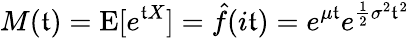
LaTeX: M(\mathfrak{t})=\operatorname{E}[e^{\mathfrak{t}X}]={\hat{{f}}}(i\mathfrak{t})=e^{\mu\mathfrak{t}}e^{{\frac{{1}}{{2}}}\sigma^{2}\mathfrak{t}^{2}}